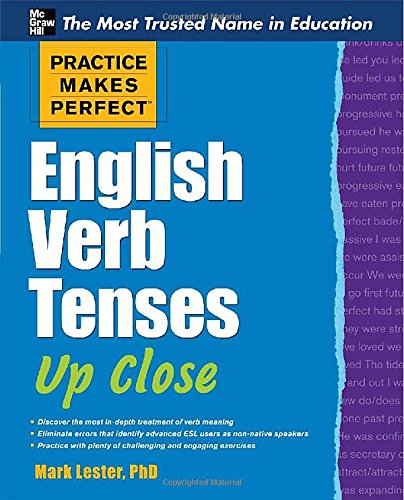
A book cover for Practice Makes Perfect English Verb Tenses Up Close (Practice Makes Perfect Series); Mark Lester; Test Preparation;